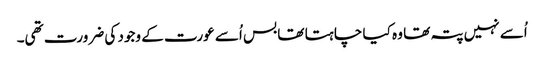
اُسے نہیں پتہ تھا وہ کیا چا ہتا تھا بس اُسے عورت کے وجود کی ضرورت تھی۔